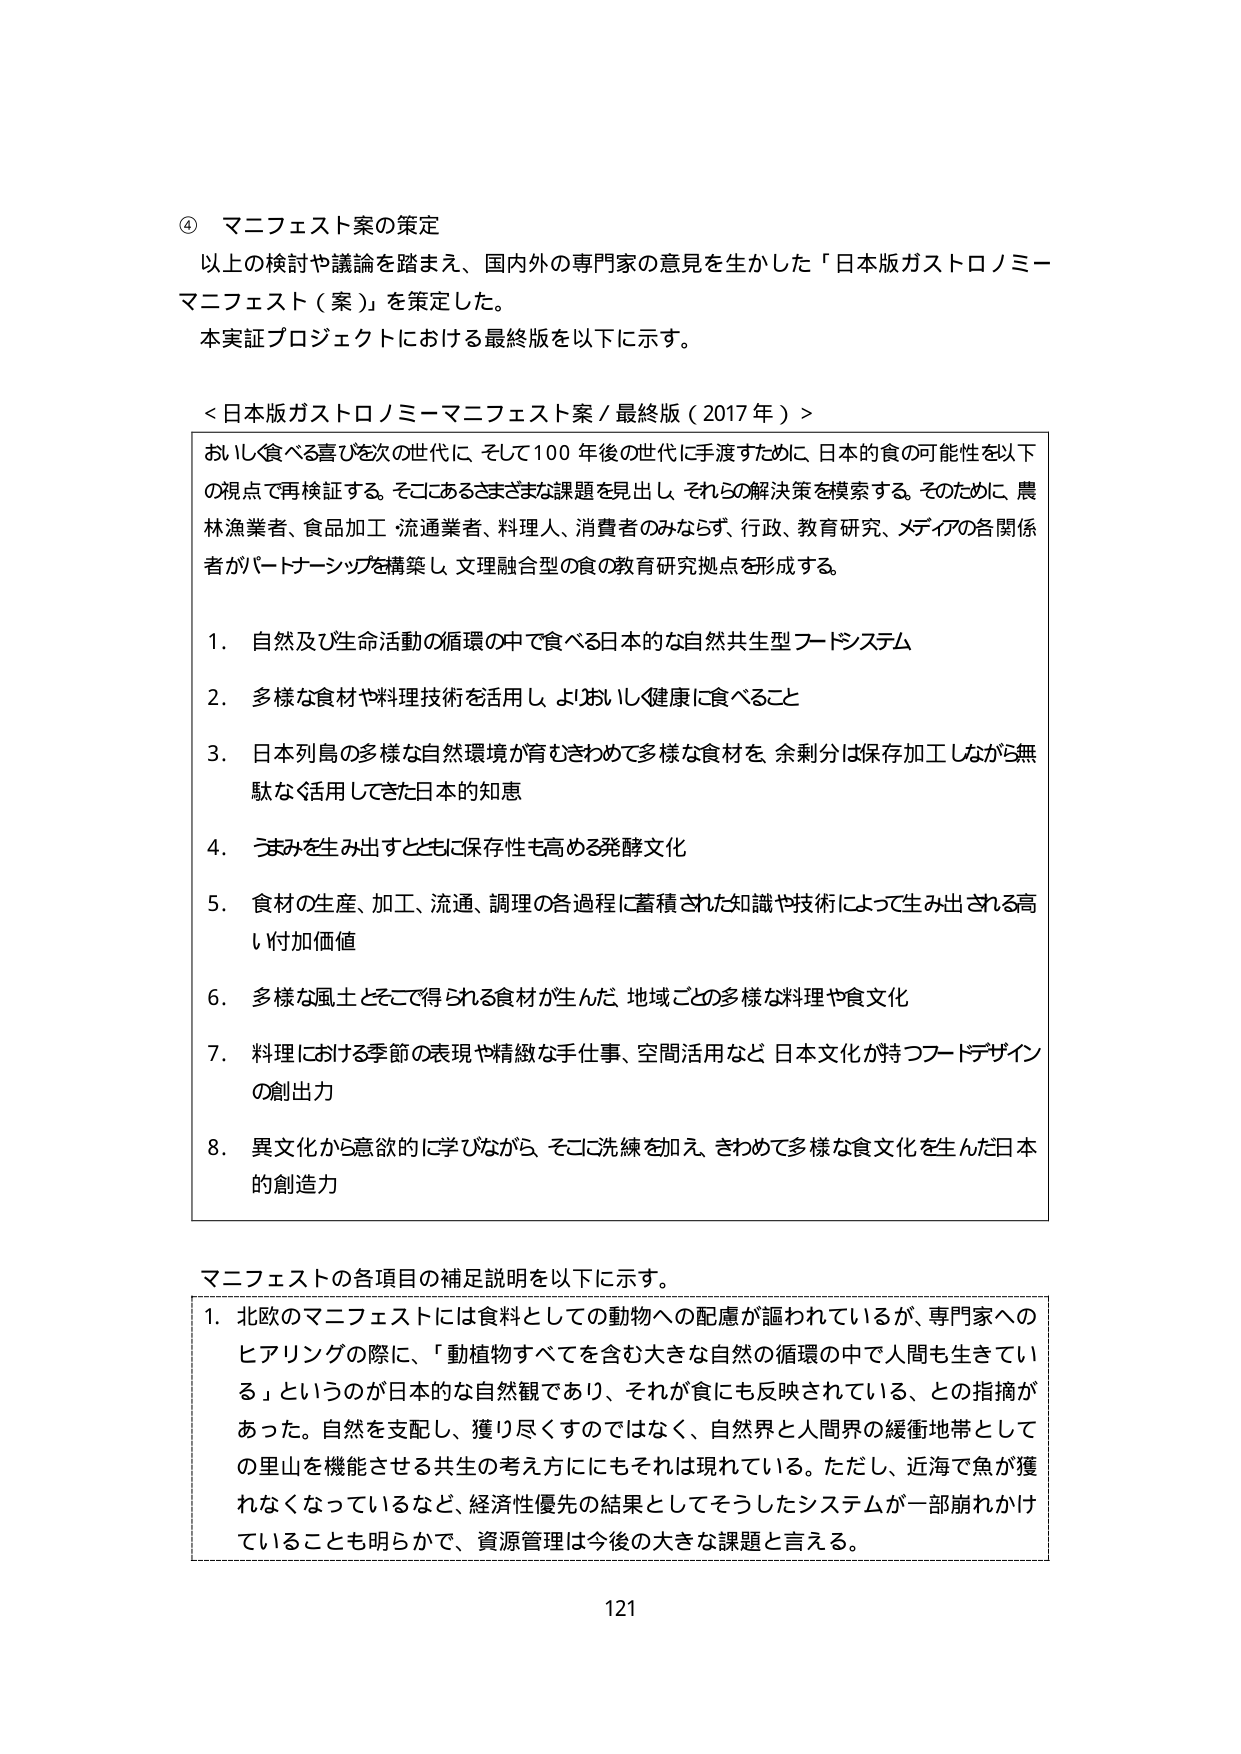
④ マニフェスト案の策定
以上の検討や議論を踏まえ、国内外の専門家の意見を生かした「日本版ガストロノミーマニフェスト（案）」を策定した。
本実証プロジェクトにおける最終版を以下に示す。

＜日本版ガストロノミーマニフェスト案／最終版（2017年）＞
おいしく食べる喜びを次の世代に、そして100年後の世代に手渡すために、日本的食の可能性を以下の視点で再検証する。そこにあるさまざまな課題を見出し、それらの解決策を模索する。そのために、農林漁業者、食品加工・流通業者、料理人、消費者のみならず、行政、教育研究、メディアの各関係者がパートナーシップを構築し、文理融合型の食の教育研究拠点を形成する。

1. 自然及び生命活動の循環の中で食べる日本的な自然共生型フードシステム
2. 多様な食材や料理技術を活用し、よりおいしく健康に食べること
3. 日本列島の多様な自然環境が育むきわめて多様な食材を、余剰分は保存加工しながら無駄なく活用してきた日本の知恵
4. うまみを生み出すとともに保存性も高める発酵文化
5. 食材の生産、加工、流通、調理の各過程に蓄積された知識や技術によって生み出される高い付加価値
6. 多様な風土とそこで得られる食材が生んだ、地域ごとの多様な料理や食文化
7. 料理における季節の表現や精緻な手仕事、空間活用など、日本文化が持つフードデザインの創出力
8. 異文化から意欲的に学びながら、そこに洗練を加え、きわめて多様な食文化を生んだ日本的創造力

マニフェストの各項目の補足説明を以下に示す。
1. 北欧のマニフェストには食料としての動物への配慮が謳われているが、専門家へのヒアリングの際に、「動植物すべてを含む大きな自然の循環の中で人間も生きている」というのが日本的な自然観であり、それが食にも反映されている、との指摘があった。自然を支配し、獲り尽くすのではなく、自然界と人間界の緩衝地帯としての里山を機能させる共生の考え方にしてもそれは現れている。ただし、近海で魚が獲れなくなっているなど、経済性優先の結果としてそうしたシステムが一部崩れかけていることも明らかで、資源管理は今後の大きな課題と言える。

121